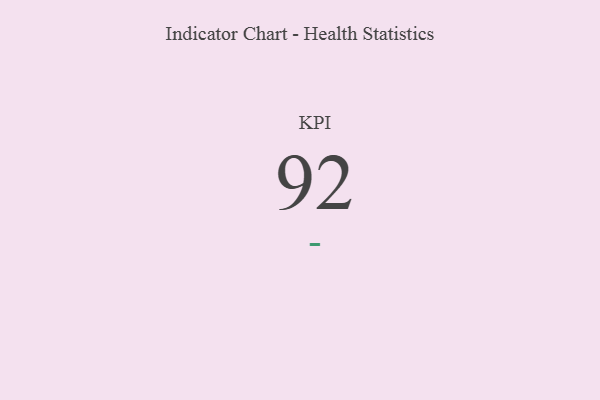
{"axis": {"x": "KPI", "y": "Value"}, "legend": [""], "data": [{"x": "KPI", "y": 92, "type": ""}]}